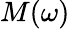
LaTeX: M(\omega)